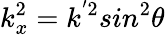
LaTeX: k_{x}^{2}=k^{'2}sin^{2}\theta